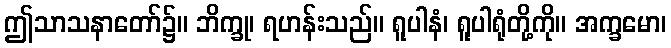
ဤသာသနာတော်၌။ ဘိက္ခု၊ ရဟန်းသည်။ ရူပါနံ၊ ရူပါရုံတို့ကို။ အက္ခမော၊